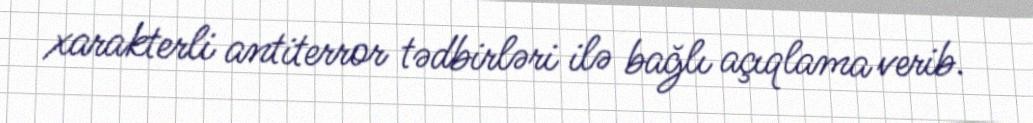
xarakterli antiterror tədbirləri ilə bağlı açıqlama verib.